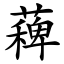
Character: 薭